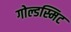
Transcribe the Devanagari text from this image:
गोल्डस्मिट